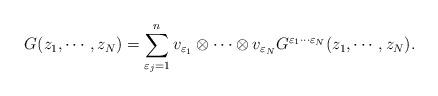
LaTeX: \begin{align*}G(z _1 , \cdots , z _N ) =\sum_{\varepsilon _j =1}^{n}v_{\varepsilon _1 } \otimes \cdots\otimes v_{\varepsilon _N }G^{\varepsilon _1 \cdots \varepsilon _N }(z _1 , \cdots , z_N ). \end{align*}